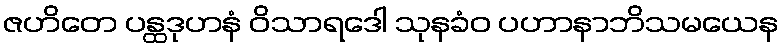
ဇဟိတေ ပန္ထဒုဟနံ ဝိသာရဒေါ သုနခံဝ ပဟာနာဘိသမယေန